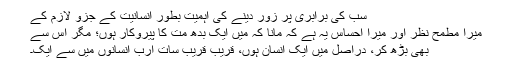
سب کی برابری پر زور دینے کی اہمیت بطور انسانیت کے جزوِ لازم کے
میرا مطمح نظر اور میرا احساس یہ ہے کہ مانا کہ میں ایک بدھ مت کا پیروکار ہوں؛ مگر اس سے
بھی بڑھ کر، دراصل میں ایک انسان ہوں، قریب قریب سات ارب انسانوں میں سے ایک۔